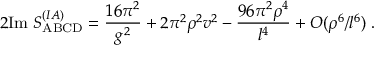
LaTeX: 2 \mathrm { I m } \; S _ { \mathrm { A B C D } } ^ { ( I A ) } = \frac { 1 6 \pi ^ { 2 } } { g ^ { 2 } } + 2 \pi ^ { 2 } \rho ^ { 2 } v ^ { 2 } - \frac { 9 6 \pi ^ { 2 } \rho ^ { 4 } } { l ^ { 4 } } + O ( \rho ^ { 6 } / l ^ { 6 } ) \; .